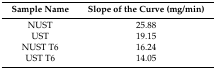
<table><thead><tr><td><b>Sample Name</b></td><td><b>Slope of the Curve (mg/min)</b></td></tr></thead><tbody><tr><td>NUST</td><td>25.88</td></tr><tr><td>UST</td><td>19.15</td></tr><tr><td>NUST T6</td><td>16.24</td></tr><tr><td>UST T6</td><td>14.05</td></tr></tbody></table>